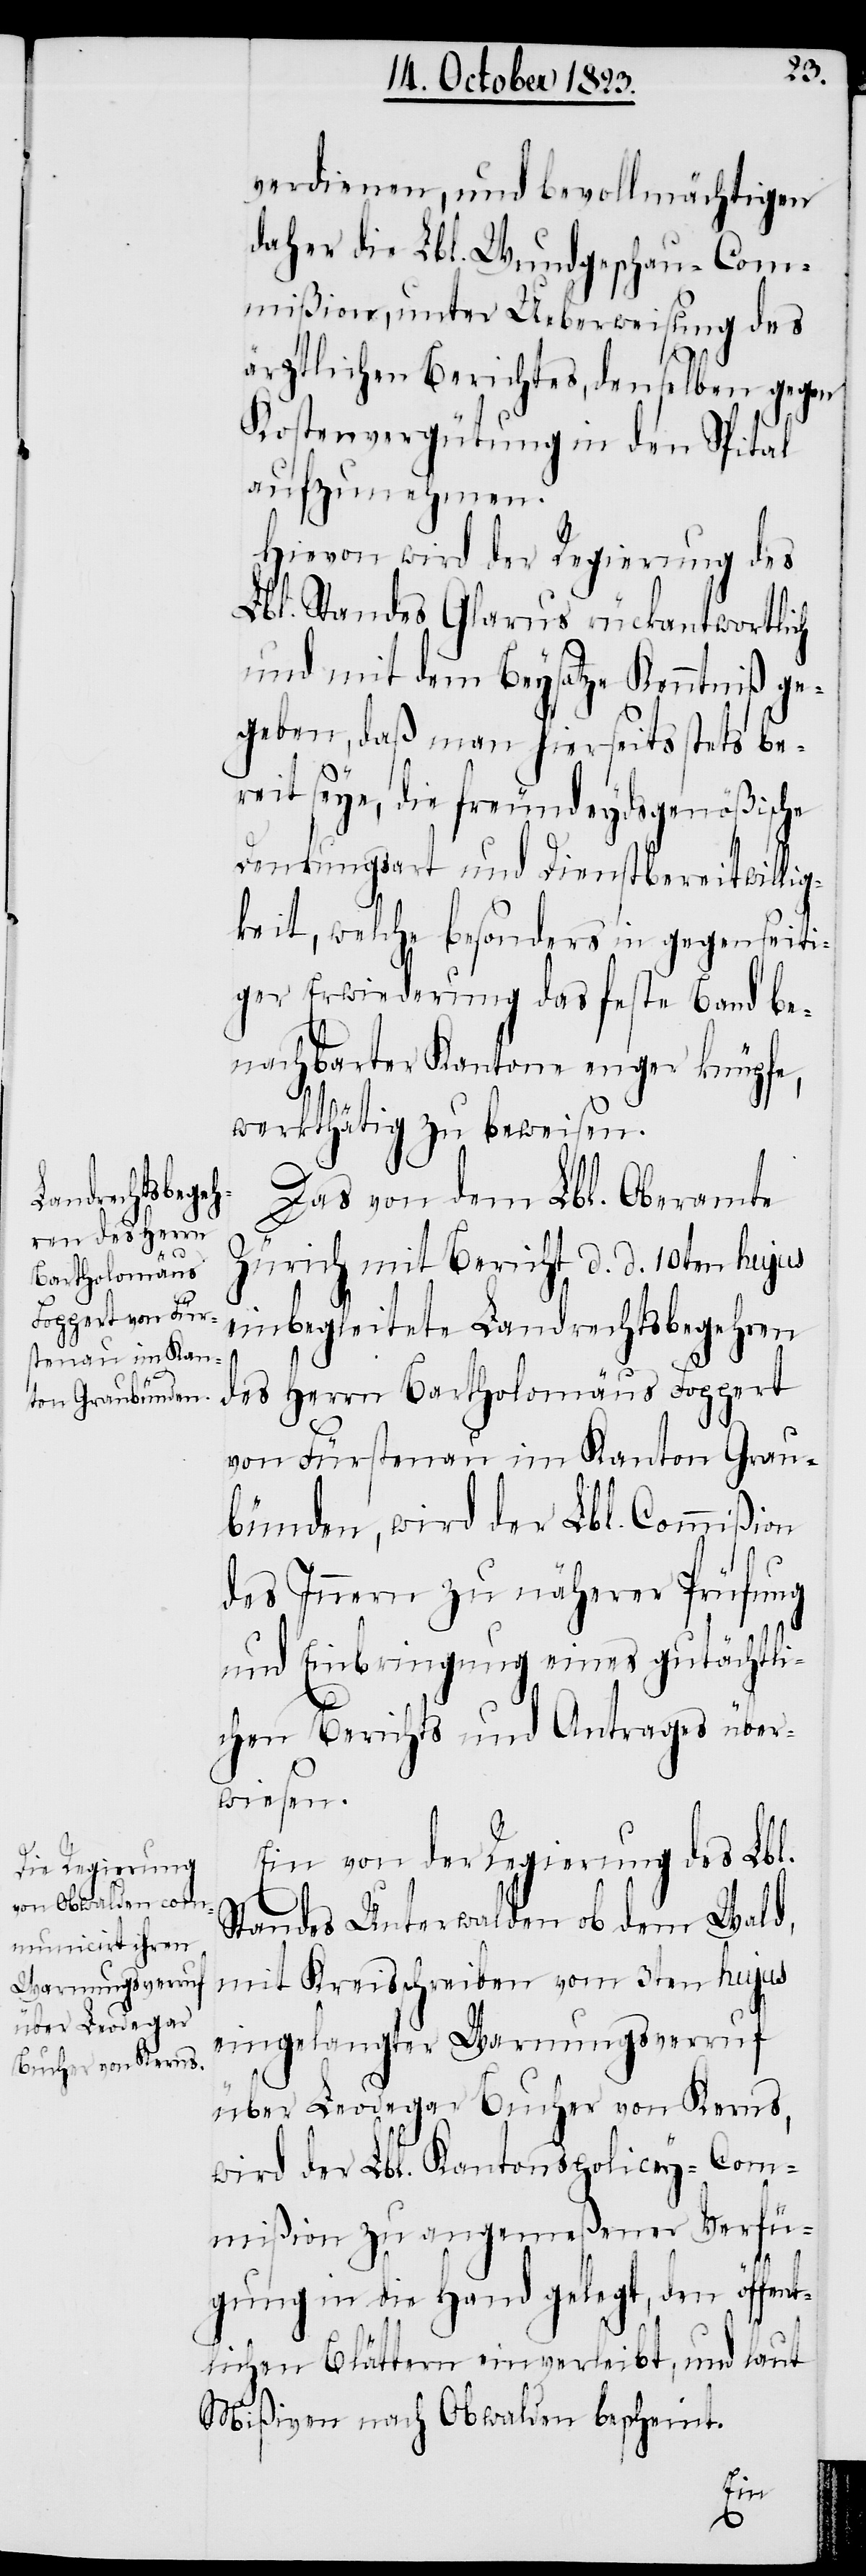
verdienen, und bevollmächtigen
daher die Lbl. Wundgeschau-Com¬
mißion, unter Ueberweisung des
ärztlichen Berichtes, denselben gegen
Kostenvergütung in den Spital
aufzunehmen.
Hievon wird der Regierung des
Lbl. Standes Glarus rückantwortlich
und mit dem Beysatze Kenntniß ge¬
geben, daß man hierseits stets be¬
reit seye, die freundeydsgenößische
Denkungsart und Dienstbereitwillig¬
keit, welche besonders in gegenseiti¬
ger Erwiederung das feste Band be¬
nachbarter Kantone enger knüpfe,
werkthätig zu beweisen.
Das von dem Lbl. Oberamte
Zürich mit Bericht d. d. 10ten hujus
einbegleitete Landrechtsbegehren
des Herrn Bartholomäus Foppert
von Fürstenau im Kanton Grau¬
bünden, wird der Lbl. Commißion
des Innern zu näherer Prüfung
und Einbringung eines gutächtli¬
chen Berichts und Antrages über¬
wiesen.
Ein von der Regierung des Lbl.
Standes Unterwalden ob dem Wald,
mit Kreisschreiben vom 3ten hujus
eingelangter Warnungsverruf
über Leodegar Bucher von Kerns,
wird der Lbl. Kantonspolicey-Com¬
mißion zu angemeßener Verfü¬
gung in die Hand gelegt, den öffent¬
lichen Blättern einverleibt, und laut
Mißiven nach Obwalden bescheint.